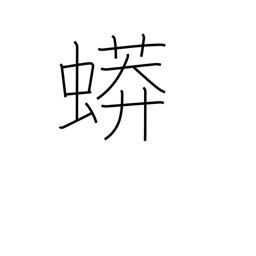
Meaning: python